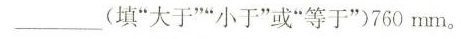
___(填”大于””小于”或”等于”)760mm。